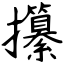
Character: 攥